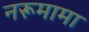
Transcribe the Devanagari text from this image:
नरूमामा